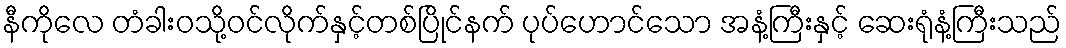
နီကိုလေ တံခါးဝသို့ဝင်လိုက်နှင့်တစ်ပြိုင်နက် ပုပ်ဟောင်သော အနံ့ကြီးနှင့် ဆေးရုံနံ့ကြီးသည်